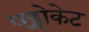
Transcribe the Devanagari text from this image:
एड्वोकेट